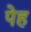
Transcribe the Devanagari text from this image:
पेह